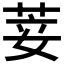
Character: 𦯺